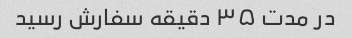
در مدت ۳۵ دقیقه سفارش رسید